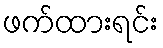
ဖက်ထားရင်း